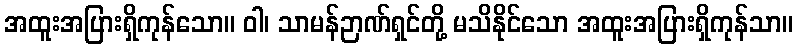
အထူးအပြားရှိကုန်သော။ ဝါ၊ သာမန်ဉာဏ်ရှင်တို့ မသိနိုင်သော အထူးအပြားရှိကုန်သာ။